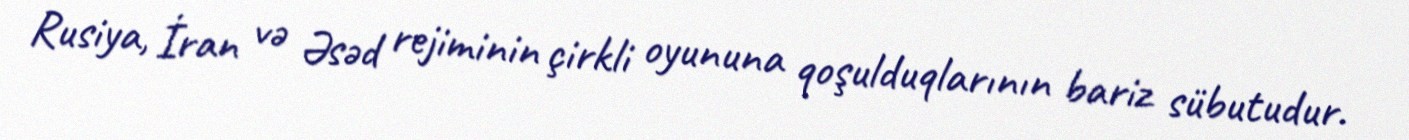
Rusiya, İran və Əsəd rejiminin çirkli oyununa qoşulduqlarının bariz sübutudur.